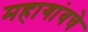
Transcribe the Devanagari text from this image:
महागांवचे